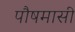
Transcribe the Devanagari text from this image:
पौषमासी